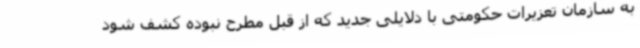
به سازمان تعزیرات حکومتی با دلایلی جدید که از قبل مطرح نبوده کشف شود